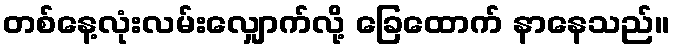
တစ်နေ့လုံးလမ်းလျှောက်လို့ ခြေထောက် နာနေသည်။